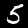
Label: 5